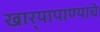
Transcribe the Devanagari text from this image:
खार्‍यापाण्याचे